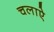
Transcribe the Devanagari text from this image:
चलाऐ